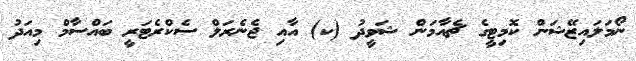
ނޯމަލައިޒޭޝަން ކޮމިޓީގެ ޗެއާމަން ޝަވީދު (ކ) އާއި ޖެނެރަލް ސެކްރެޓަރީ ބައްސާމް މިއަދު